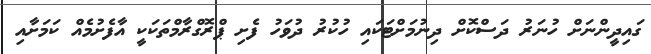
ގައިދީންނަށް ހުނަރު ދަސްކޮށް ދިނުމަށްޓަކައި ހުކުރު ދުވަހު ފެށި ޕްރޮގްރާމްތަކަކީ އާފެށުމެއް ކަމަށާއި